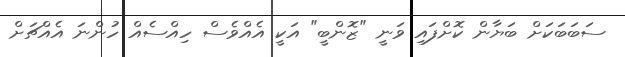
ސަބަބަކަށް ބަޔާން ކޮށްފައި ވަނީ "ޒޮންބީ" އަކީ އެއްވެސް ހިއްސެއް ހުންނަ އެއްޗަށް